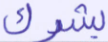
يشرك